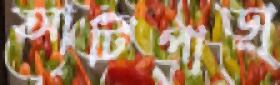
আটিপাড়া